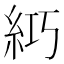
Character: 𥿣